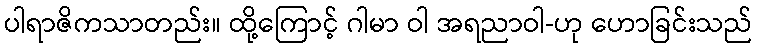
ပါရာဇိကသာတည်း။ ထို့ကြောင့် ဂါမာ ဝါ အရညာဝါ-ဟု ဟောခြင်းသည်